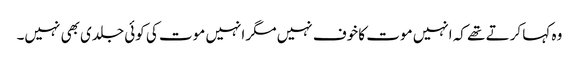
وہ کہا کرتے تھے کہ انہیں موت کا خوف نہیں مگر انہیں موت کی کوئی جلدی بھی نہیں۔